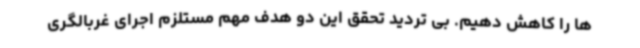
ها را کاهش دهیم. بی تردید تحقق این دو هدف مهم مستلزم اجرای غربالگری